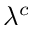
\lambda ^ { c }